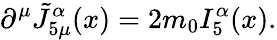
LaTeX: \partial^{\mu}\tilde{J}_{5\mu}^{\alpha}(x)=2m_{0}I_{5}^{\alpha}(x).